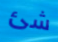
شئ